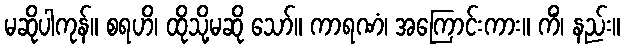
မဆိုပါကုန်။ စရဟိ၊ ထိုသို့မဆို သော်။ ကာရဏံ၊ အကြောင်းကား။ ကိံ၊ နည်း။